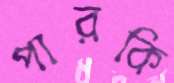
পারকি